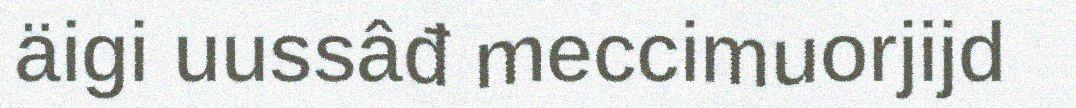
äigi uussâđ meccimuorjijd